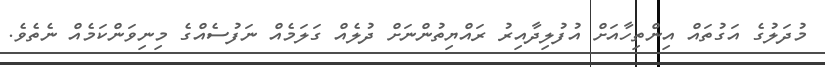
މުދަލުގެ އަގުތައް އިންތިހާއަށް އުފުލިދާއިރު ރައްޔިތުންނަށް ދުލެއް ގަލަމެއް ނަފުސެއްގެ މިނިވަންކަމެއް ނެތެވެ.